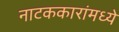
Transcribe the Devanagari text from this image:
नाटककारांमध्ये